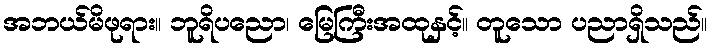
အဘယ်မိဖုရား။ ဘူရိပညော၊ မြေကြီးအထုနှင့်။ တူသော ပညာရှိသည်။